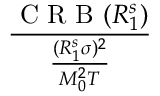
\frac { \mathrm { ~ C ~ R ~ B ~ } ( R _ { 1 } ^ { s } ) } { \frac { ( R _ { 1 } ^ { s } \sigma ) ^ { 2 } } { M _ { 0 } ^ { 2 } T } }